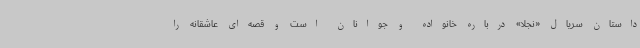
داستان سریال «نجلا» درباره خانواده و جوانان است و قصه‌ای عاشقانه را